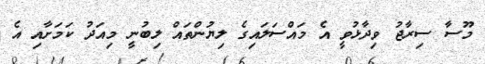
މޫސާ ސިރާޖު ވިދާޅުވީ އެ މައްސަލައިގެ ލިޔުންތައް ލިބުނީ މިއަދު ކަމަށާއި އެ